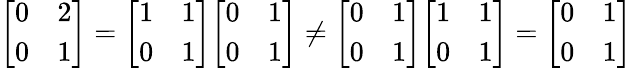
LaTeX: {\left[\begin{array}{ll}{0}&{2}\\ {0}&{1}\end{array}\right]}={\left[\begin{array}{ll}{1}&{1}\\ {0}&{1}\end{array}\right]}{\left[\begin{array}{ll}{0}&{1}\\ {0}&{1}\end{array}\right]}\neq{\left[\begin{array}{ll}{0}&{1}\\ {0}&{1}\end{array}\right]}{\left[\begin{array}{ll}{1}&{1}\\ {0}&{1}\end{array}\right]}={\left[\begin{array}{ll}{0}&{1}\\ {0}&{1}\end{array}\right]}